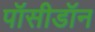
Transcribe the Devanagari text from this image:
पॉसीडॉन